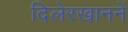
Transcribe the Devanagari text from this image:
दिलेरखाननें